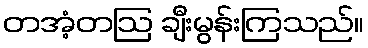
တအံ့တဩ ချီးမွန်းကြသည်။